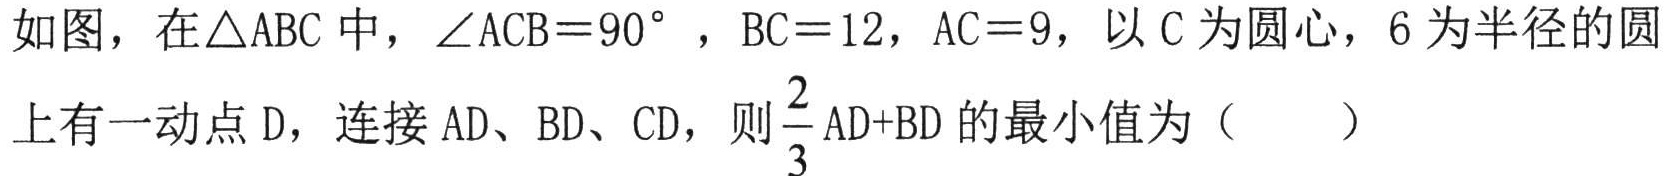
如图，在\(\triangle ABC\)中，\(\angle ACB = 90^{\circ}\)，\(BC = 12\)，\(AC = 9\)，以\(C\)为圆心，\(6\)为半径的圆上有一动点\(D\)，连接\(AD\)、\(BD\)、\(CD\)，则\(\frac{2}{3}AD + BD\)的最小值为（  ）